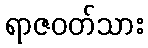
ရာဇဝတ်သား